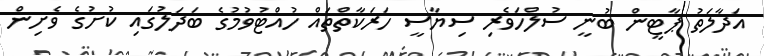
އަދާލަތު ޕާޓީން ބުނީ ސުލްހަވެރި ސިޔާސީ ހަރަކާތްތައް ހުއްޓުވުމުގެ ބަދަލުގައި ކުށުގެ ވެށިން